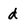
Character: d